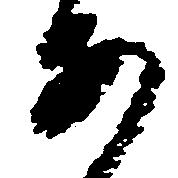
あ